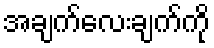
အချက်လေးချက်ကို